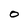
Character: O